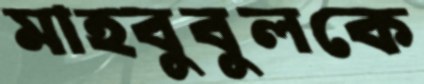
মাহবুবুলকে